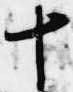
十